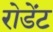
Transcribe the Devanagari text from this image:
रोडेंट